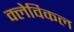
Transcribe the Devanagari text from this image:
क्लेविकल